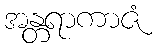
အန္တရာကာဇံ